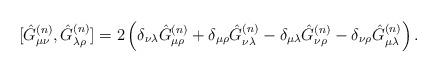
LaTeX: \begin{align*}[\hat{G}_{\mu\nu}^{(n)},\hat{G}_{\lambda\rho}^{(n)}]=2\left(\delta_{\nu\lambda}\hat{G}_{\mu\rho}^{(n)}+\delta_{\mu\rho}\hat{G}_{\nu\lambda}^{(n)}-\delta_{\mu\lambda}\hat{G}_{\nu\rho}^{(n)}-\delta_{\nu\rho}\hat{G}_{\mu\lambda}^{(n)}\right). \end{align*}